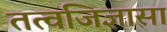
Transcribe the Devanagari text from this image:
तत्वजिज्ञासा